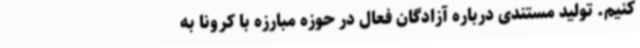
کنیم. تولید مستندی درباره آزادگان فعال در حوزه مبارزه با کرونا به